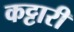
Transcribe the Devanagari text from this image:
कट्टारी